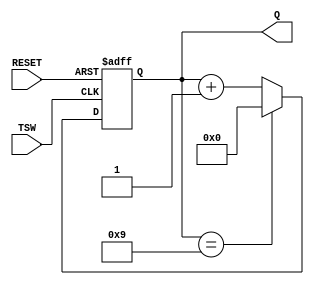
module SW_Counter(RESET, TSW, Q);

	input RESET, TSW;
	output [3:0]Q;
	
	reg [3:0]Q;
	
	always @(posedge TSW or negedge RESET)
	begin
		if (!RESET) Q <= 0;
		else if (Q == 9) Q <= 0;
		else Q <= Q + 1;
	end
	
endmodule